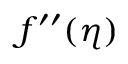
f ^ { \prime \prime } ( \eta )